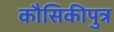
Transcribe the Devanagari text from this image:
कौसिकीपुत्र